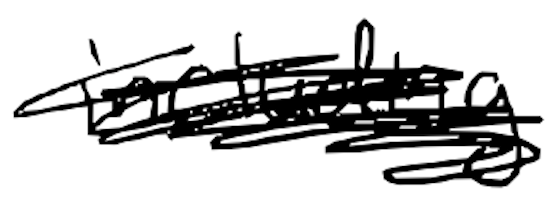
Text: including
Cross-out: mix
Writing tool: digital_black